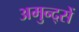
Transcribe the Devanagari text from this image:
अमुन्द्सें